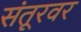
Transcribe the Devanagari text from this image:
संतूरवर